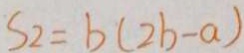
S _ { 2 } = b ( 2 b - a )